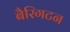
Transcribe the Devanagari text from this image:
बैरिगटन